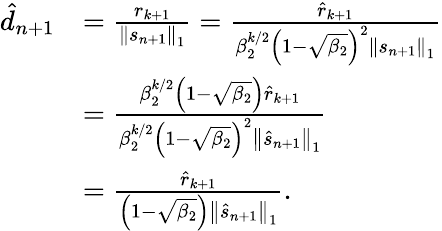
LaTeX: \begin{array}{rl}{\hat{d}_{n+1}}&{=\frac{r_{k+1}}{\left\Vert s_{n+1}\right\Vert_{1}}=\frac{\hat{r}_{k+1}}{\beta_{2}^{k/2}\left(1-\sqrt{\beta_{2}}\right)^{2}\left\Vert s_{n+1}\right\Vert_{1}}}\\ &{=\frac{\beta_{2}^{k/2}\left(1-\sqrt{\beta_{2}}\right)\hat{r}_{k+1}}{\beta_{2}^{k/2}\left(1-\sqrt{\beta_{2}}\right)^{2}\left\Vert\hat{s}_{n+1}\right\Vert_{1}}}\\ &{=\frac{\hat{r}_{k+1}}{\left(1-\sqrt{\beta_{2}}\right)\left\Vert\hat{s}_{n+1}\right\Vert_{1}}.}\end{array}